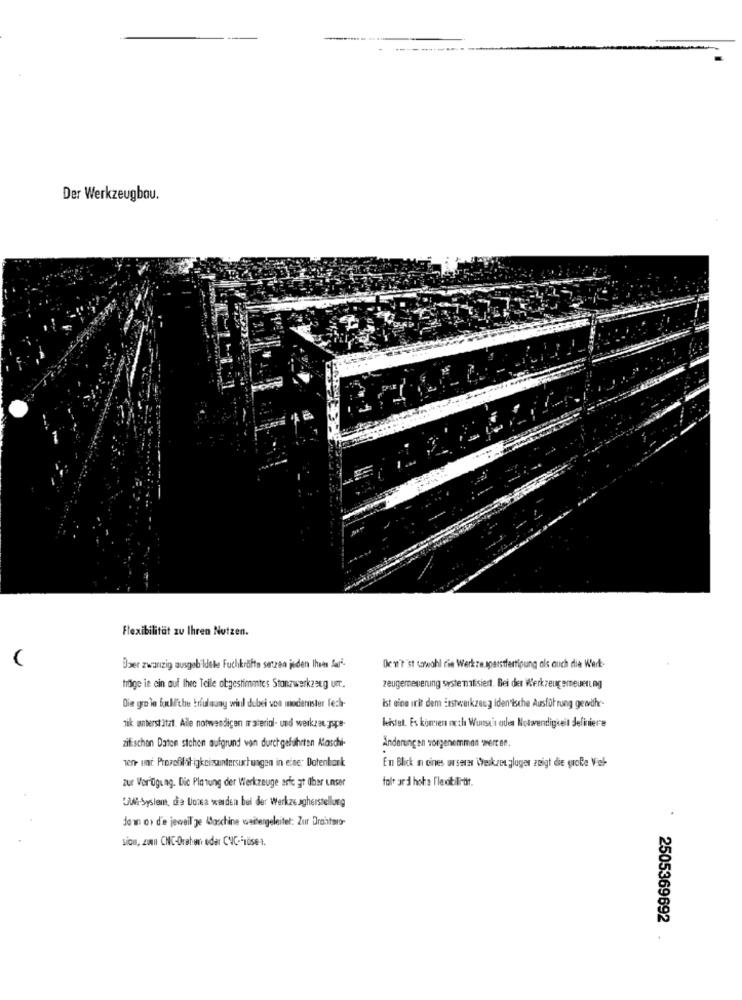
Der Werkzeugbau.
Flexibilität zu Ihren Nutzen.
Ober zwanzig ausgebildete Fuchkräfte setzen jeden Ihres Sari-
Den'tist sowohl cin Werk ze sparstfertigung als auch die Werk-
tidige ie ein auf Ihre Teile abgestimmtes Stanzwerkzeug umr ..
zeugerneuerung systematisiert. Bei der Werkzeugerneuerung
Die gro la Sull'the Erfulsuny will dubei von modernster lech-
ist eine irit dem Ersheikzeeg identische Ausführung gewähr-
leistet. Es komen noch Wunsch oden Notwendigkeit definiere
nik unterstützt. Alle notwendigen material- und werkza. pope-
zifischon Daten stehen aufgrund von durchgeführten Maschi-
Änderungen vorgenommen wertee.
vener unt Prozofilat igkeitsuntersuchungen in eine: Datenbank
En Blick a cines useres Wyeskaot gluger zeigt die große Vel-
zur Verfügung. Die Planung der Werkzeuge aste gt über unser
folt ard hola l'levatilidt.
UNt-System, de Dora wenden bei der Werkzeugherstellung
de wn or d'e jeweil je Maschine weitergeleitet: Zur Drahtwro-
sion, zwn CNC-Drehen oder CNC-F1üs6-1.
2505369692
.